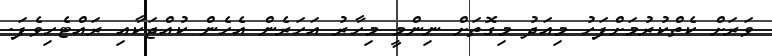
ވަރަށް ކެތްކުރުމަށްފަހު މިއަދު މިގޮތަށް ނިންމީ މިހާރު އަހަރެން އެހެން ކުއްޖަކާއި ރައްޓެހިވެފަ.